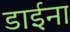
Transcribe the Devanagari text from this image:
डाईना